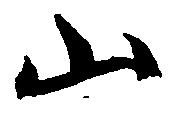
山